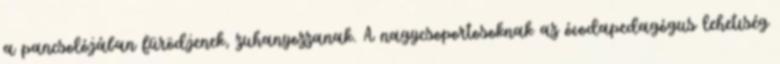
a pancsolójában fürödjenek, zuhanyozzanak. A nagycsoportosoknak az óvodapedagógus lehetıség